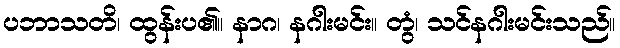
ပဘာသတိ၊ ထွန်းပ၏။ နာဂ၊ နဂါးမင်း။ တွံ၊ သင်နဂါးမင်းသည်။